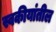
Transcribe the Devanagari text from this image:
स्वकीयांतील